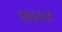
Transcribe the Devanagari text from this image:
विप्रांकडे